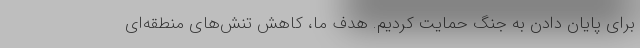
برای پایان دادن به جنگ حمایت کردیم. هدف ما، کاهش تنش‌های منطقه‌ای